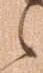
之